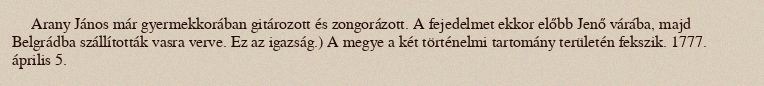
Arany János már gyermekkorában gitározott és zongorázott. A fejedelmet ekkor előbb Jenő várába, majd Belgrádba szállították vasra verve. Ez az igazság.) A megye a két történelmi tartomány területén fekszik. 1777. április 5.